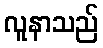
လူနာသည်